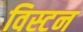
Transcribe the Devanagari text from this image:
विस्टन